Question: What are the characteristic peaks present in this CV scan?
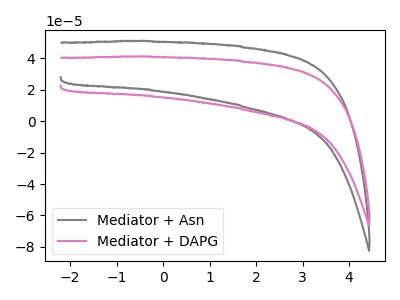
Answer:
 <answer>The gray curve "Mediator + Asn" has no peaks. The pink curve "Mediator + DAPG" has no peaks.</answer>
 <eval></eval>